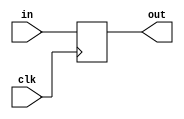
	module MIR (out,clk,in);	
	input [35:0] in;
	output reg [35:0] out;
	input clk;

	always @ (posedge clk)
	begin
	 out <= in;
	end
	endmodule